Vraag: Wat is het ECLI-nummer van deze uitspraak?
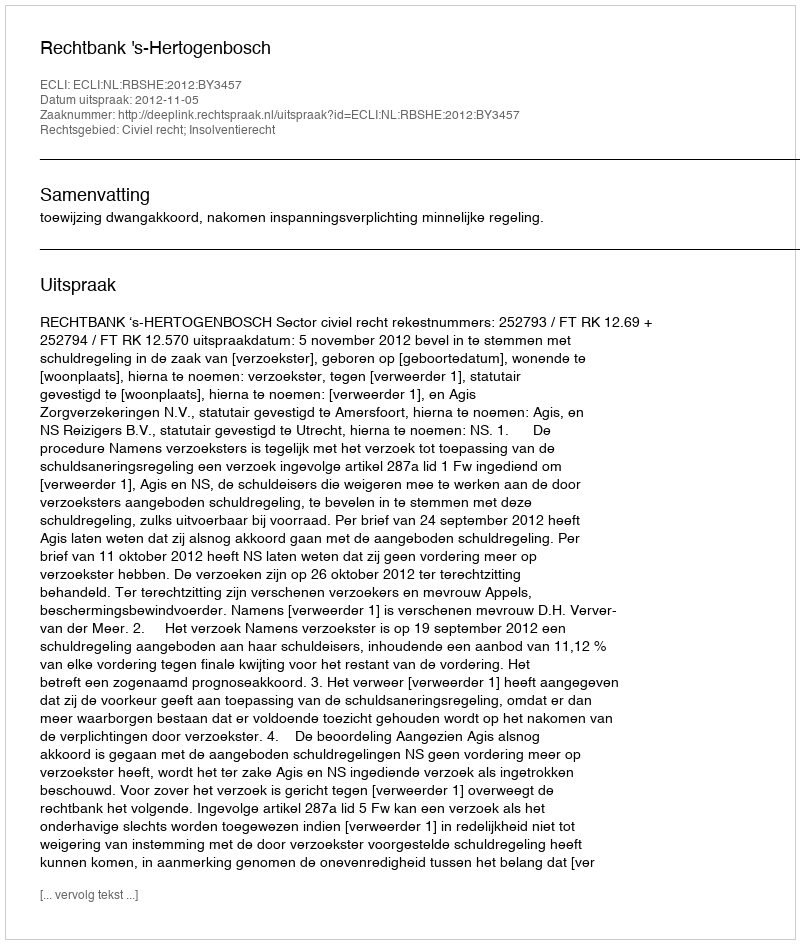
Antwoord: ECLI:NL:RBSHE:2012:BY3457